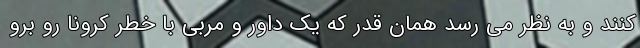
کنند و به نظر می رسد همان قدر که یک داور و مربی با خطر کرونا رو برو